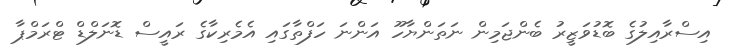
އިސްރާއިލުގެ ބޮޑުވަޒީރު ބެންޖަމިން ނަތަންޔާހޫ އަންނަ ހަފްތާގައި އެމެރިކާގެ ރައީސް ޑޮނަލްޑް ޓްރަމްޕާ